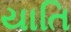
યાતિ